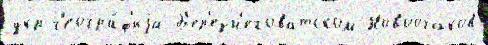
укр г'еогра́ф'иjа Б'ер'езн'еговатском Новоочаков